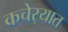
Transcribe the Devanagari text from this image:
कचेर्‍यात